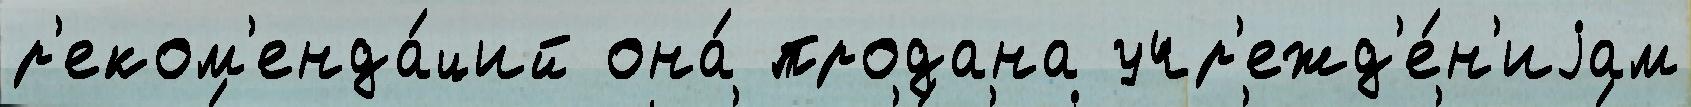
р'еком'енда́ций она́ продана учр'ежд'е́н'иjам